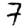
Digit: 7